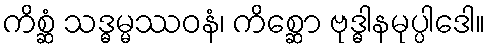
ကိစ္ဆံ သဒ္ဓမ္မဿဝနံ၊ ကိစ္ဆော ဗုဒ္ဓါနမုပ္ပါဒေါ။